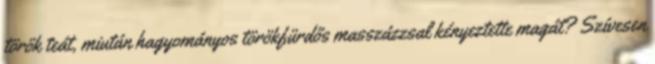
török teát, miután hagyományos törökfürdős masszázzsal kényeztette magát? Szívesen